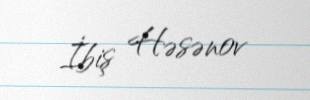
İbiş Həsənov